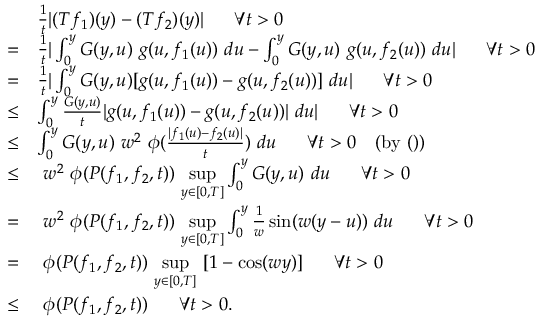
\begin{array} { r l } & { \frac { 1 } { t } | ( T f _ { 1 } ) ( y ) - ( T f _ { 2 } ) ( y ) | ~ ~ ~ ~ ~ \forall t > 0 } \\ { = } & { \frac { 1 } { t } | \int _ { 0 } ^ { y } G ( y , u ) ~ g ( u , f _ { 1 } ( u ) ) ~ d u - \int _ { 0 } ^ { y } G ( y , u ) ~ g ( u , f _ { 2 } ( u ) ) ~ d u | ~ ~ ~ ~ ~ \forall t > 0 } \\ { = } & { \frac { 1 } { t } | \int _ { 0 } ^ { y } G ( y , u ) [ g ( u , f _ { 1 } ( u ) ) - g ( u , f _ { 2 } ( u ) ) ] ~ d u | ~ ~ ~ ~ ~ \forall t > 0 } \\ { \leq } & { \int _ { 0 } ^ { y } \frac { G ( y , u ) } { t } | g ( u , f _ { 1 } ( u ) ) - g ( u , f _ { 2 } ( u ) ) | ~ d u | ~ ~ ~ ~ ~ \forall t > 0 } \\ { \leq } & { \int _ { 0 } ^ { y } G ( y , u ) ~ w ^ { 2 } ~ \phi ( \frac { | f _ { 1 } ( u ) - f _ { 2 } ( u ) | } { t } ) ~ d u ~ ~ ~ ~ ~ \forall t > 0 ~ ~ ~ ( \mathrm { b y } ~ ( ) ) } \\ { \leq } & { ~ w ^ { 2 } ~ \phi ( P ( f _ { 1 } , f _ { 2 } , t ) ) ~ \underset { y \in [ 0 , T ] } { \operatorname* { s u p } } \int _ { 0 } ^ { y } G ( y , u ) ~ d u ~ ~ ~ ~ ~ \forall t > 0 } \\ { = } & { ~ w ^ { 2 } ~ \phi ( P ( f _ { 1 } , f _ { 2 } , t ) ) ~ \underset { y \in [ 0 , T ] } { \operatorname* { s u p } } \int _ { 0 } ^ { y } \frac { 1 } { w } \sin ( w ( y - u ) ) ~ d u ~ ~ ~ ~ ~ \forall t > 0 } \\ { = } & { ~ \phi ( P ( f _ { 1 } , f _ { 2 } , t ) ) ~ \underset { y \in [ 0 , T ] } { \operatorname* { s u p } } ~ [ 1 - \cos ( w y ) ] ~ ~ ~ ~ ~ \forall t > 0 } \\ { \leq } & { ~ \phi ( P ( f _ { 1 } , f _ { 2 } , t ) ) ~ ~ ~ ~ ~ \forall t > 0 . } \end{array}